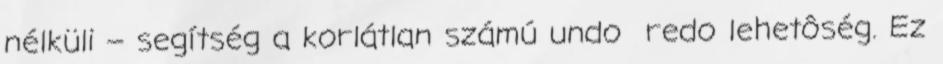
nélküli – segítség a korlátlan számú undo redo lehetôség. Ez